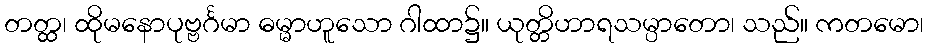
တတ္ထ၊ ထိုမနောပုဗ္ဗင်္ဂမာ ဓမ္မာဟူသော ဂါထာ၌။ ယုတ္တိဟာရသမ္ပာတော၊ သည်။ ကတမော၊